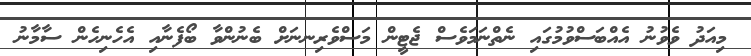
މިއަދު ވެވުނު އެއްބަސްވުމުގައި ނެތްނަމަވެސް ޖެޓީން މަސްވެރިނނަށް ބެނުންވާ ބޯފެނާއި އެހެނިހެން ސާމާނު